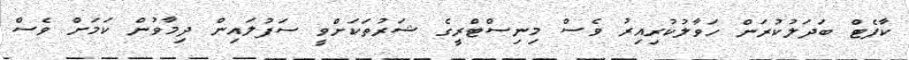
ކާޕެޓް ބަދަލުކުރަން ހަވާލުކުރިއިރު ވެސް މިނިސްޓްރީގެ ޝަރުތަކަށްވީ ސަފުލައިން ދިމާވުން ކަމަށް ވެސް